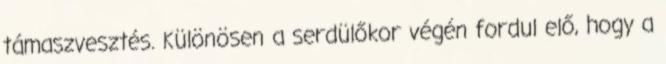
támaszvesztés. Különösen a serdülőkor végén fordul elő, hogy a